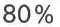
80 %